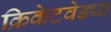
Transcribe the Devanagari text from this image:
क्रिकेटवेड्या